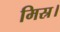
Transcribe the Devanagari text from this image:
मिस्र।